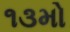
૧૩મો